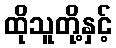
ထိုသူတို့နှင့်